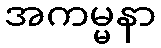
အကမ္မနာ